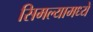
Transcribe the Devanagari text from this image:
सिमल्यामध्ये